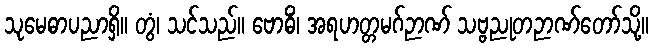
သုမေဓာပညာရှိ။ တွံ၊ သင်သည်။ ဗောဓိံ၊ အရဟတ္တမဂ်ဉာဏ် သဗ္ဗညုတဉာဏ်တော်သို့။